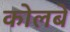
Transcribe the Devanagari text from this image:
कोलबे